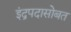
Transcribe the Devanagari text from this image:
इंद्रपदासोबत